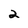
Character: 2